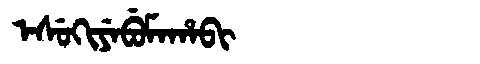
Manchu: ᡝᠰᡠᡴᡳᠶᡝᠪᡠᠮᠠᡥᠠᠪᡳ
Romanization: ESUKIYEBUMAHABI